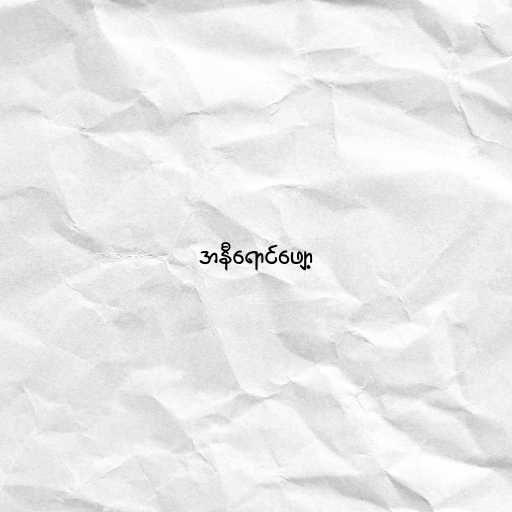
အနီရောင်ဖျော့